画像に写った文字を読んでください
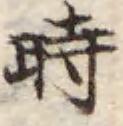
「時」と書いてあります